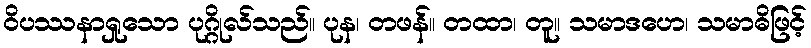
ဝိပဿနာရှုသော ပုဂ္ဂိုလ်သည်။ ပုန၊ တဖန်။ တထာ၊ တူ။ သမာဒဟေ၊ သမာဓိဖြင့်